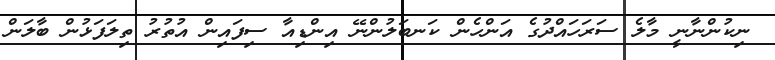
ނިކުންނާނީ މާލެ ސަރަހައްދުގެ އަންހެން ކަނބަލުންނޭ އިންޑިއާ ސިފައިން އުތުރު ތިލަފަޅުން ބާލަން